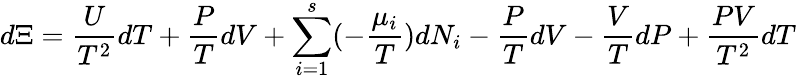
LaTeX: d\Xi={\frac{U}{T^{2}}}dT+{\frac{P}{T}}dV+\sum_{i=1}^{s}(-{\frac{\mu_{i}}{T}})dN_{i}-{\frac{P}{T}}dV-{\frac{V}{T}}dP+{\frac{PV}{T^{2}}}dT